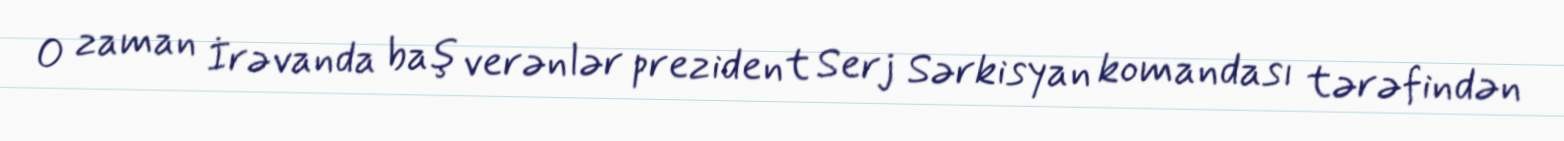
O zaman İrəvanda baş verənlər prezident Serj Sərkisyan komandası tərəfindən